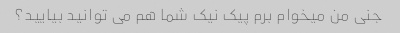
جنی من میخوام برم پیک نیک شما هم می توانید بیایید؟